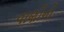
વાણીનો